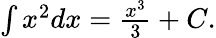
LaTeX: \textstyle\int x^{2}dx={\frac{x^{3}}{3}}+C.